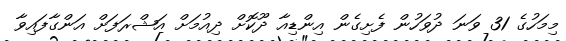
މިމަހުގެ 31 ވަނަ ދުވަހުން ފެށިގެން އިންޑިއާ ދޫކޮށް ދިއުމަށް އަޝްރަފަށް އަންގާފައިވާ